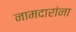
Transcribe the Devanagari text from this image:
नामदारांना